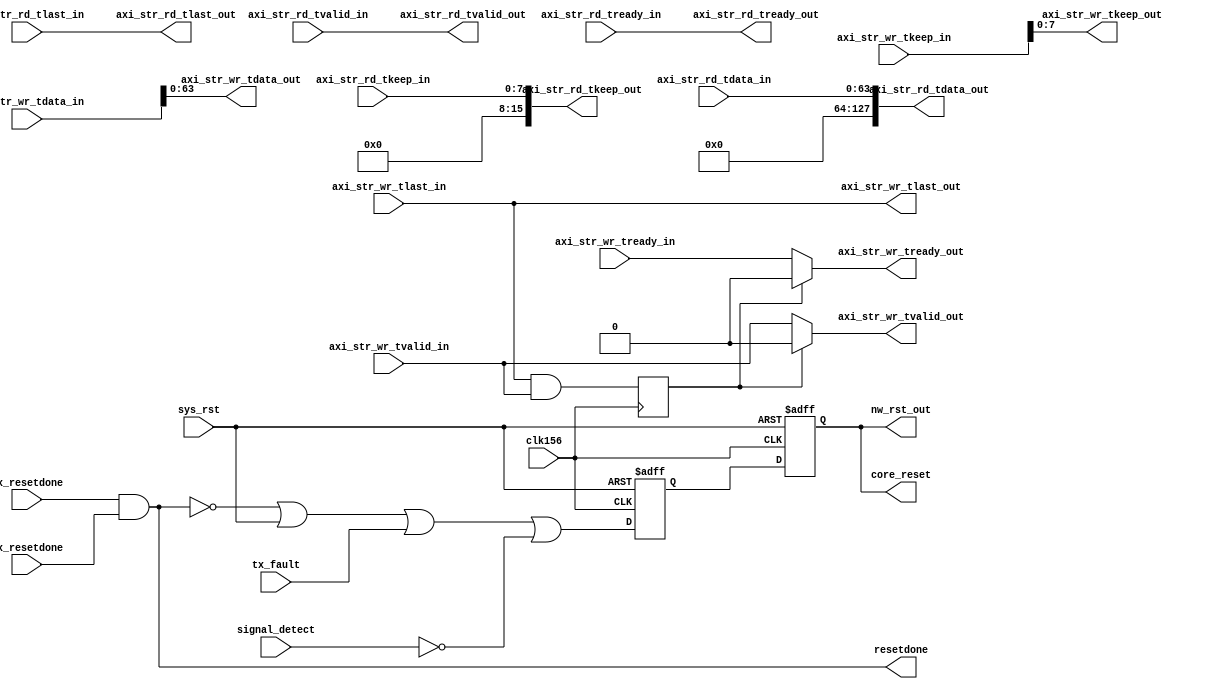
module network_path_logic 
(
input clk156,
input sys_rst,
input tx_fault,
input signal_detect,
input axi_str_wr_tlast_in,
input axi_str_wr_tvalid_in,
input [127:0] axi_str_wr_tdata_in,
input [15:0] axi_str_wr_tkeep_in,
input axi_str_wr_tready_in,
input [63:0] axi_str_rd_tdata_in,
input [7:0] axi_str_rd_tkeep_in,
input axi_str_rd_tvalid_in,
input axi_str_rd_tlast_in,
input axi_str_rd_tready_in,
input tx_resetdone,
input rx_resetdone,
output axi_str_wr_tlast_out,
output axi_str_wr_tvalid_out,
output [63:0] axi_str_wr_tdata_out,
output [7:0] axi_str_wr_tkeep_out,
output axi_str_wr_tready_out,
output [127:0] axi_str_rd_tdata_out,
output [15:0] axi_str_rd_tkeep_out,
output axi_str_rd_tvalid_out,
output axi_str_rd_tlast_out,
output axi_str_rd_tready_out,
output core_reset,
output resetdone,
output nw_rst_out 

);

  reg rxreset_tmp = 1'b0;
  reg txreset322_tmp = 1'b0;
  reg rxreset322_tmp = 1'b0;
  reg dclk_reset_tmp = 1'b0;
  reg core_reset_tmp = 1'b0;

  reg wr_tlast_reg = 1'b0;

  always @(posedge clk156)
    wr_tlast_reg  <= axi_str_wr_tlast_in & axi_str_wr_tvalid_in;

  assign axi_str_wr_tvalid_out = wr_tlast_reg ? 1'b0 : axi_str_wr_tvalid_in;
  assign axi_str_wr_tlast_out = axi_str_wr_tlast_in;
  assign axi_str_wr_tdata_out = axi_str_wr_tdata_in[63:0];
  assign axi_str_wr_tkeep_out = axi_str_wr_tkeep_in[7:0];
  assign axi_str_wr_tready_out = wr_tlast_reg ? 1'b0 : axi_str_wr_tready_in;

  assign axi_str_rd_tdata_out   = {64'd0, axi_str_rd_tdata_in};
  assign axi_str_rd_tkeep_out   = {8'd0, axi_str_rd_tkeep_in};
  assign axi_str_rd_tvalid_out  = axi_str_rd_tvalid_in;
  assign axi_str_rd_tlast_out   = axi_str_rd_tlast_in;
  assign axi_str_rd_tready_out = axi_str_rd_tready_in;

  assign resetdone = tx_resetdone && rx_resetdone;
  assign  nw_rst_out = core_reset;

  //synthesis attribute async_reg of core_reset_tmp is "true";
   
  always @(posedge sys_rst or posedge clk156)
  begin
    if(sys_rst)
    begin
      core_reset_tmp <= 1'b1;
      core_reset <= 1'b1;
    end
    else
    begin
      // Hold core in reset until everything else is ready...
      core_reset_tmp <= (!(resetdone) || sys_rst || tx_fault || !signal_detect);
      core_reset <= core_reset_tmp;
    end
  end     

endmodule